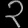
Digit: ၃